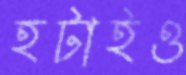
হটাইও